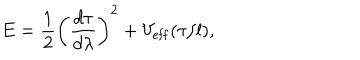
E = \frac { 1 } { 2 } \left( \frac { d \tau } { d \lambda } \right) ^ { 2 } + V _ { \mathrm { e f f } } ( \tau / l ) ,